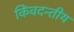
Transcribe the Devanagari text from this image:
किंवदन्तीय